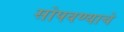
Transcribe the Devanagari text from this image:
सोपवण्याचे